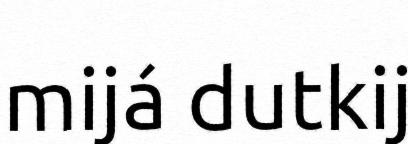
mijá dutkij